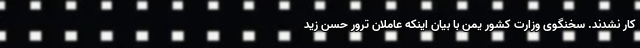
کار نشدند. سخنگوی وزارت کشور یمن با بیان اینکه عاملان ترور حسن زید